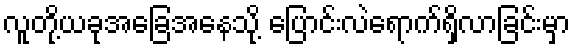
လူတို့ယခုအခြေအနေသို့ ပြောင်းလဲရောက်ရှိလာခြင်းမှာ